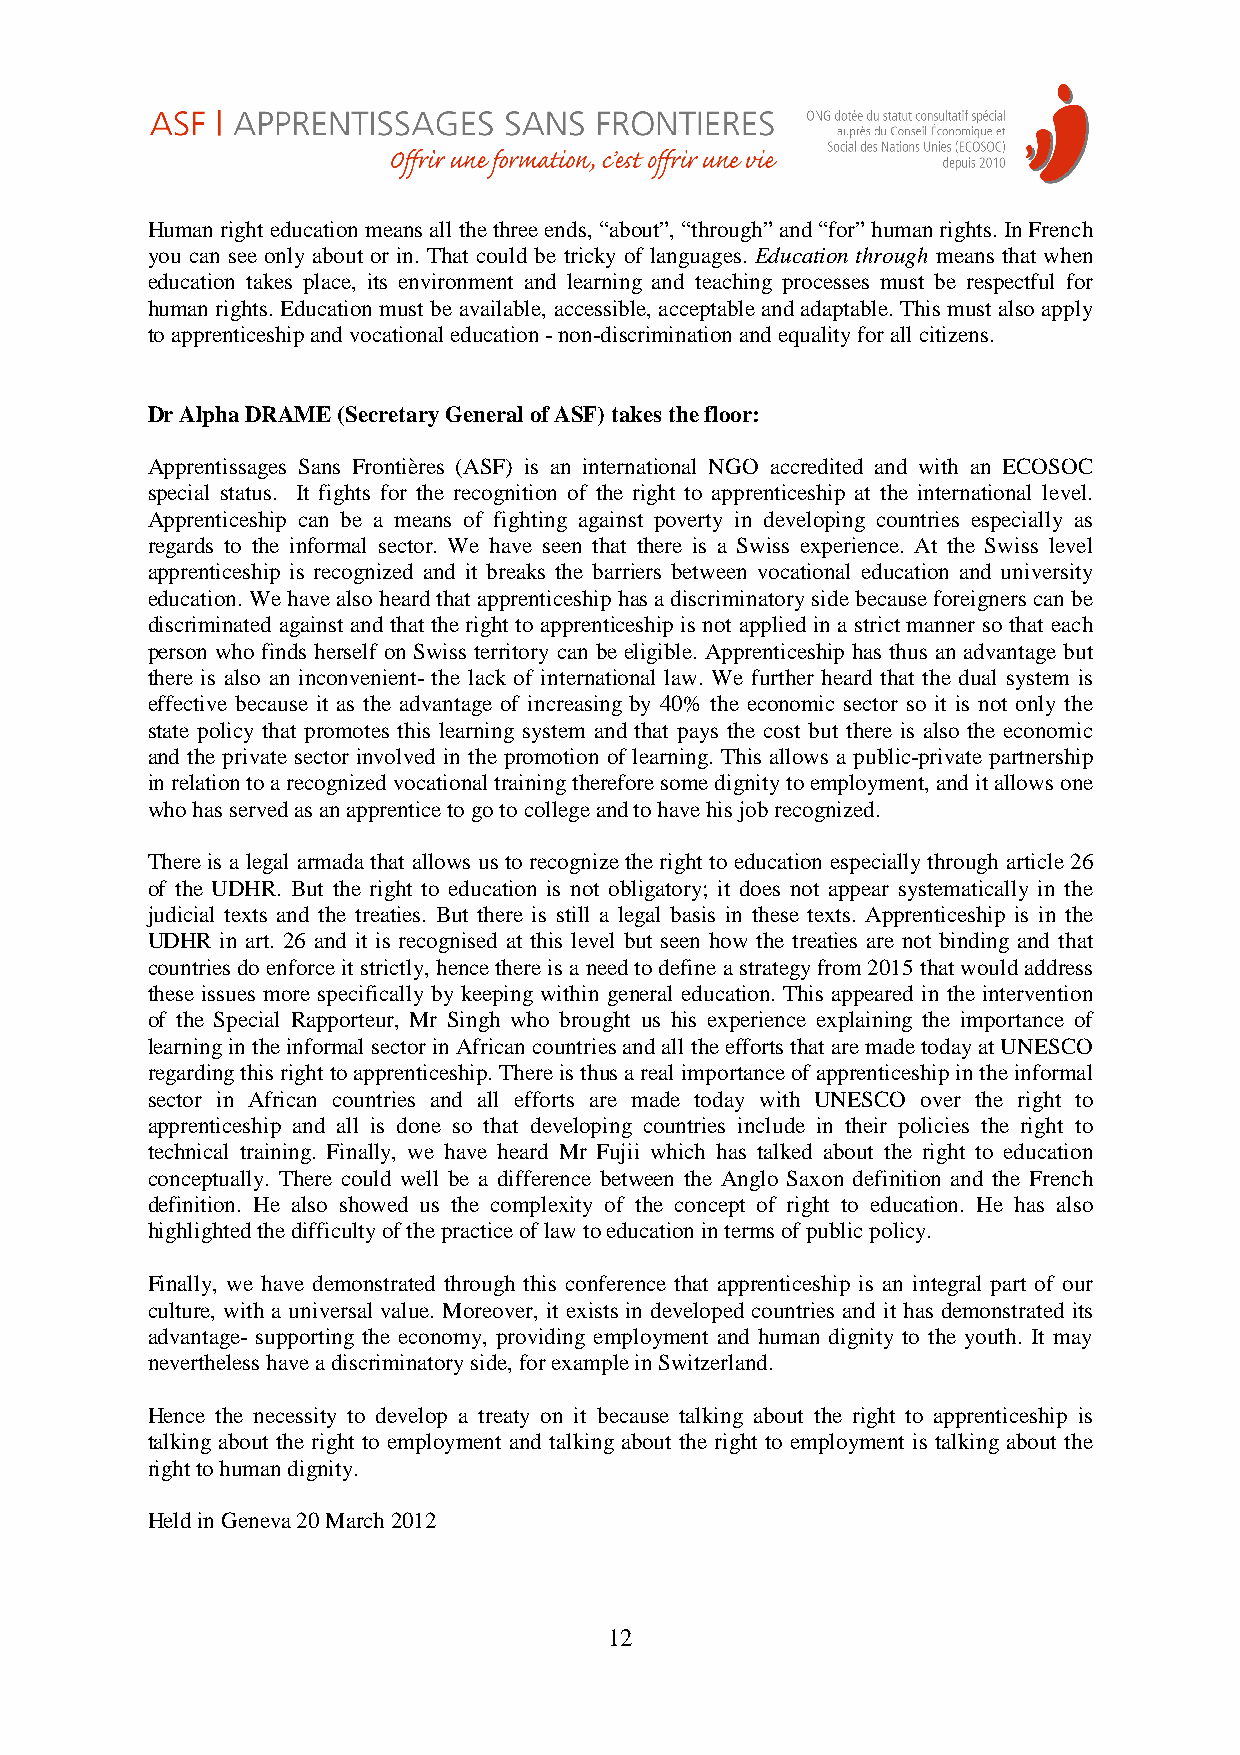
Human right education means all the three ends, “about”, “through” and “for” human rights. In French
 you can see only about or in. That could be tricky of languages. Education through means that when
 education takes place, its environment and learning and teaching processes must be respectful for
 human rights. Education must be available, accessible, acceptable and adaptable. This must also apply
 to apprenticeship and vocational education - non-discrimination and equality for all citizens.
 Dr Alpha DRAME (Secretary General of ASF) takes the floor:
 Apprentissages Sans Frontières (ASF) is an international NGO accredited and with an ECOSOC
 special status. It fights for the recognition of the right to apprenticeship at the international level.
 Apprenticeship can be a means of fighting against poverty in developing countries especially as
 regards to the informal sector. We have seen that there is a Swiss experience. At the Swiss level
 apprenticeship is recognized and it breaks the barriers between vocational education and university
 education. We have also heard that apprenticeship has a discriminatory side because foreigners can be
 discriminated against and that the right to apprenticeship is not applied in a strict manner so that each
 person who finds herself on Swiss territory can be eligible. Apprenticeship has thus an advantage but
 there is also an inconvenient- the lack of international law. We further heard that the dual system is
 effective because it as the advantage of increasing by 40% the economic sector so it is not only the
 state policy that promotes this learning system and that pays the cost but there is also the economic
 and the private sector involved in the promotion of learning. This allows a public-private partnership
 in relation to a recognized vocational training therefore some dignity to employment, and it allows one
 who has served as an apprentice to go to college and to have his job recognized.
 There is a legal armada that allows us to recognize the right to education especially through article 26
 of the UDHR. But the right to education is not obligatory; it does not appear systematically in the
 judicial texts and the treaties. But there is still a legal basis in these texts. Apprenticeship is in the
 UDHR in art. 26 and it is recognised at this level but seen how the treaties are not binding and that
 countries do enforce it strictly, hence there is a need to define a strategy from 2015 that would address
 these issues more specifically by keeping within general education. This appeared in the intervention
 of the Special Rapporteur, Mr Singh who brought us his experience explaining the importance of
 learning in the informal sector in African countries and all the efforts that are made today at UNESCO
 regarding this right to apprenticeship. There is thus a real importance of apprenticeship in the informal
 sector in African countries and all efforts are made today with UNESCO over the right to
 apprenticeship and all is done so that developing countries include in their policies the right to
 technical training. Finally, we have heard Mr Fujii which has talked about the right to education
 conceptually. There could well be a difference between the Anglo Saxon definition and the French
 definition. He also showed us the complexity of the concept of right to education. He has also
 highlighted the difficulty of the practice of law to education in terms of public policy.
 Finally, we have demonstrated through this conference that apprenticeship is an integral part of our
 culture, with a universal value. Moreover, it exists in developed countries and it has demonstrated its
 advantage- supporting the economy, providing employment and human dignity to the youth. It may
 nevertheless have a discriminatory side, for example in Switzerland.
 Hence the necessity to develop a treaty on it because talking about the right to apprenticeship is
 talking about the right to employment and talking about the right to employment is talking about the
 right to human dignity.
 Held in Geneva 20 March 2012
 12